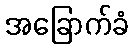
အခြောက်ခံ